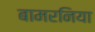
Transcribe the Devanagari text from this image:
बामरनिया